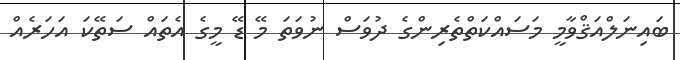
ބައިނަލްއަޤްވާމީ މަސައްކަތްތެރިންގެ ދުވަސް ނުވަތަ މޭ ޑޭ މީގެ އެތައް ސަތޭކަ އަހަރެއް